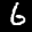
Label: 6